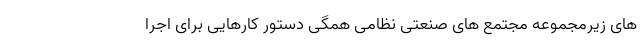
های زیرمجموعه مجتمع های صنعتی نظامی همگی دستور کارهایی برای اجرا